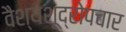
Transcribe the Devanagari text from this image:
वैश्यशूद्रोपचार